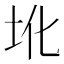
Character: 𪢼